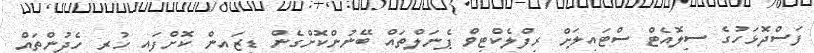
ފަސްދޮޅަހުގެ ސިލޮއެޓް ސްޓައިލަށް ރިފްލެކްޓިވް ޕެނަލްތައް ބޭނުންކޮށްގެން ޑިޒައިން ކޮށްފައި ހުރި ހެދުންތައް